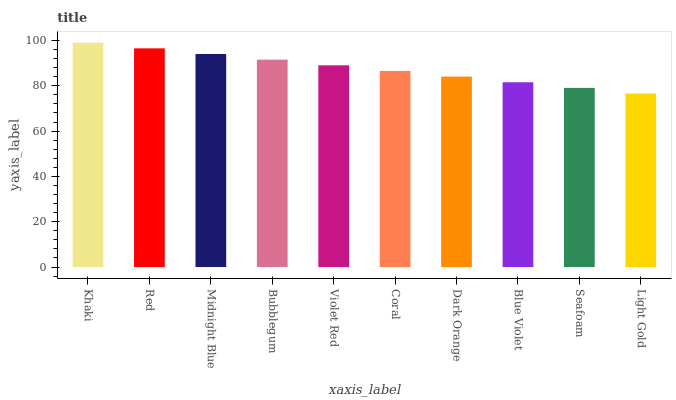
| xaxis_label | bars |
 | --- | --- |
 | Khaki | 99 |
 | Red | 96.5 |
 | Midnight Blue | 94 |
 | Bubblegum | 91.5 |
 | Violet Red | 89 |
 | Coral | 86.5 |
 | Dark Orange | 84 |
 | Blue Violet | 81.6 |
 | Seafoam | 79.1 |
 | Light Gold | 76.6 |